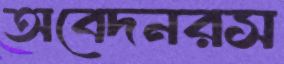
অবেদনরস